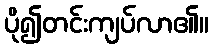
ပို၍တင်းကျပ်လာ၏။